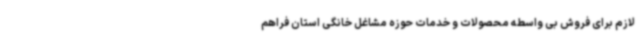
لازم برای فروش بی واسطه محصولات و خدمات حوزه مشاغل خانگی استان فراهم